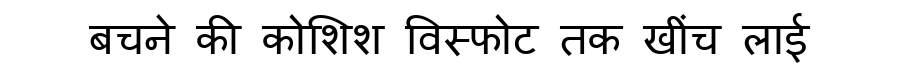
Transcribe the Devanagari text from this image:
बचने की कोशिश विस्फोट तक खींच लाई